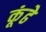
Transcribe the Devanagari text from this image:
कूंढे